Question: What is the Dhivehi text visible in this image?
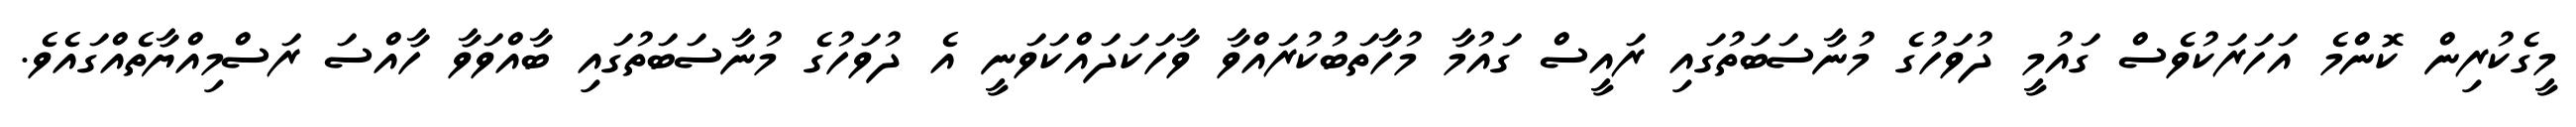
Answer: މީގެކުރިން ކޮންމެ އަހަރަކުވެސް ގައުމީ ދުވަހުގެ މުނާސަބަތުގައި ރައީސް ގައުމާ މުހާތަބުކުރައްވާ ވާހަކަދައްކަވަނީ އެ ދުވަހުގެ މުނާސަބަތުގައި ބާއްވަވާ ހާއްސަ ރަސްމިއްޔާތެއްގައެވެ.